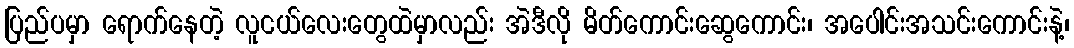
ပြည်ပမှာ ရောက်နေတဲ့ လူငယ်လေးတွေထဲမှာလည်း အဲဒီလို မိတ်ကောင်းဆွေကောင်း၊ အပေါင်းအသင်းကောင်းနဲ့၊